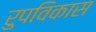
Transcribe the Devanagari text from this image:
रुपविकास